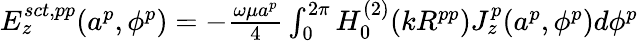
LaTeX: \begin{array}{r}{E_{z}^{sct,pp}(a^{p},\phi^{p})=-{\frac{\omega\mu a^{p}}{4}}\int_{0}^{2\pi}H_{0}^{(2)}(kR^{pp})J_{z}^{p}(a^{p},\phi^{p})d\phi^{p}}\end{array}